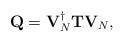
LaTeX: \begin{align*}\mathbf{Q} = \mathbf{V}_{N}^{\dag} \mathbf{T} \mathbf{V}_{N},\end{align*}